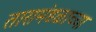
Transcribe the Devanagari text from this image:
तारामंडळाच्या